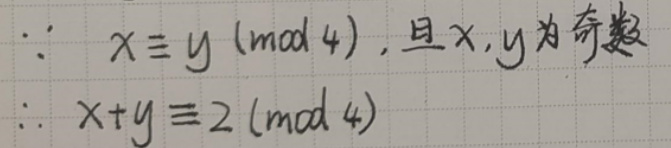
\(&\because x\equiv y\pmod{4}, \)且 x,y 为奇数\\
\(&\therefore x + y\equiv 2\pmod{4}\)